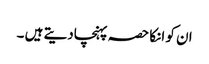
ان کو انکا حصہ پہنچادیتے ہیں ۔